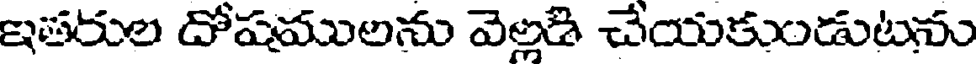
ఇతరుల దోషములను వెల్లడి చేయకుండుటను